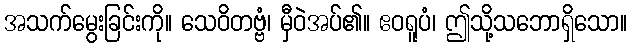
အသက်မွေးခြင်းကို။ သေဝိတဗ္ဗံ၊ မှီဝဲအပ်၏။ ဧဝရူပံ၊ ဤသို့သဘောရှိသော။